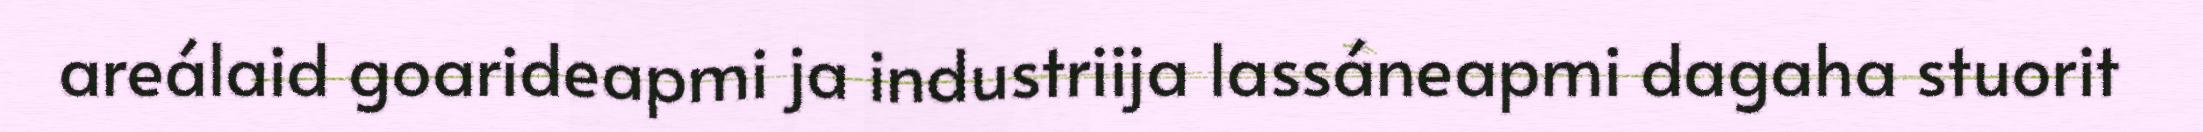
areálaid goarideapmi ja industriija lassáneapmi dagaha stuorit